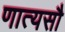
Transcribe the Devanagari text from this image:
णात्यसौ